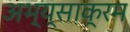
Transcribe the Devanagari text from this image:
अभ्य्साक्रम